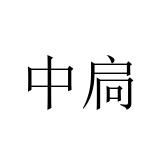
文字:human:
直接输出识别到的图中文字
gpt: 中扃